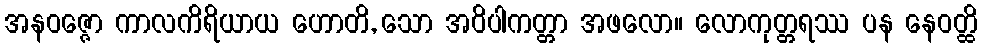
အနဝဇ္ဇော ကာလကိရိယာယ ဟောတိ, သော အဝိပါကတ္တာ အဖလော။ လောကုတ္တရဿ ပန နေဝတ္ထိ